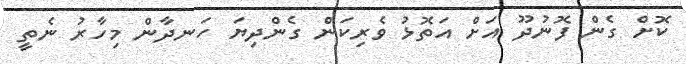
ކޮށް ގެން ފޮނުދޫ އަށް އަތޮޅު ވެރިކަން ގެންދިޔަ ހަނދާން މިހާރު ނެތީ